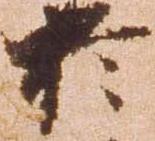
於